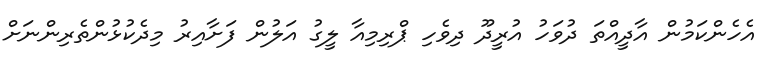
އެހެންކަމުން އާދީއްތަ ދުވަހު އުރީދޫ ދިވެހި ޕްރިމިއާ ލީގު އަލުން ފަށާއިރު މިދެކުޅުންތެރިންނަށް